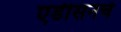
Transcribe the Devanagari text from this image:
एडीसनचे